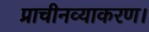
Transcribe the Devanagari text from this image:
प्राचीनव्याकरण।